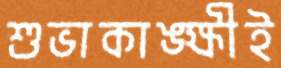
শুভাকাঙ্ক্ষীই